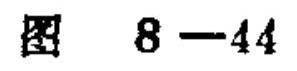
图 \(8 - 44\)